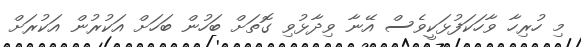
މި ހުރިހާ ވާހަކަފުޅަކީވެސް އޭނާ ވިދާޅުވި ގޮތަށް ބަހުން ބަހަށް އަކުރުން އަކުރަށް